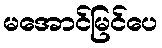
မအောင်မြင်ပေ